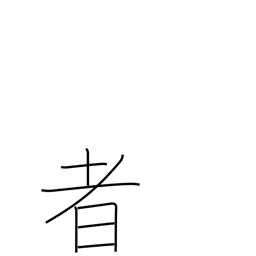
Meaning: someone